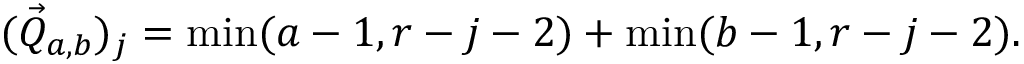
( \vec { Q } _ { a , b } ) _ { j } = \operatorname * { m i n } ( a - 1 , r - j - 2 ) + \operatorname * { m i n } ( b - 1 , r - j - 2 ) .